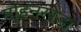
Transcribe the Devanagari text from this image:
मोहनखेडा